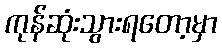
ကုန်ဆုံးသွားရတော့မှာ